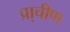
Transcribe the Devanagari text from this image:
प्रा़चीण